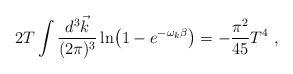
LaTeX: \begin{align*}2 T \int {d^3 \vec k\over (2\pi)^3} \ln \bigl( 1 - e^{-\omega_k\beta}\bigr) = - {\pi^2 \over 45} T^4 \ ,\end{align*}